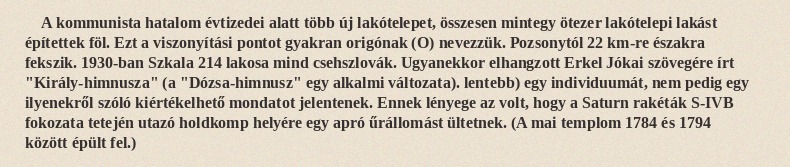
A kommunista hatalom évtizedei alatt több új lakótelepet, összesen mintegy ötezer lakótelepi lakást építettek föl. Ezt a viszonyítási pontot gyakran origónak (O) nevezzük. Pozsonytól 22 km-re északra fekszik. 1930-ban Szkala 214 lakosa mind csehszlovák. Ugyanekkor elhangzott Erkel Jókai szövegére írt "Király-himnusza" (a "Dózsa-himnusz" egy alkalmi változata). lentebb) egy individuumát, nem pedig egy ilyenekről szóló kiértékelhető mondatot jelentenek. Ennek lényege az volt, hogy a Saturn rakéták S-IVB fokozata tetején utazó holdkomp helyére egy apró űrállomást ültetnek. (A mai templom 1784 és 1794 között épült fel.)